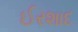
ઈરશાદ